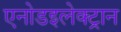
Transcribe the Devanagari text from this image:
एनोडइलेक्ट्रान